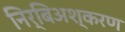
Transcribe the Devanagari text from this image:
निर्बिअश्करण